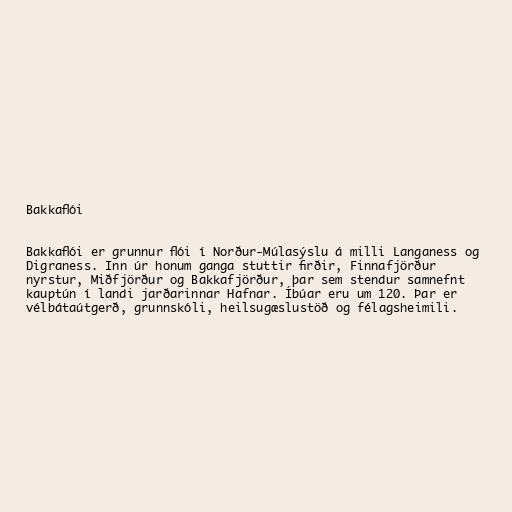
Bakkaflói

Bakkaflói er grunnur flói í Norður-Múlasýslu á milli Langaness og
Digraness. Inn úr honum ganga stuttir firðir, Finnafjörður
nyrstur, Miðfjörður og Bakkafjörður, þar sem stendur samnefnt
kauptún í landi jarðarinnar Hafnar. Íbúar eru um 120. Þar er
vélbátaútgerð, grunnskóli, heilsugæslustöð og félagsheimili.